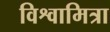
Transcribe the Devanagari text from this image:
विश्वामित्रा